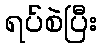
ရပ်စဲပြီး